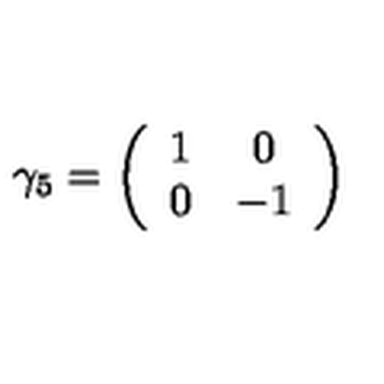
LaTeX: \gamma _ { 5 } = \left( \begin{array} { c c } { 1 } & { 0 } \\ { 0 } & { - 1 } \\ \end{array} \right)